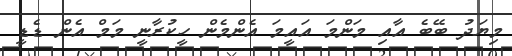
މިޔަދު ބޭބެ އާއި މަންމަ އައީމަ އެންމެން ހީކުރާނީ މަމް އެން ޑެޑީ